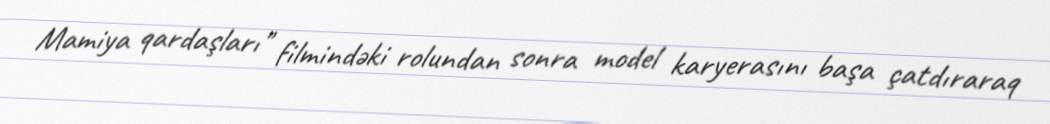
Mamiya qardaşları" filmindəki rolundan sonra model karyerasını başa çatdıraraq